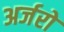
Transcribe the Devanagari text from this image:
अर्जरो